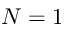
N = 1